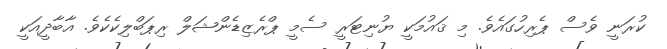
ކުރަނީ ވެސް ޕެރިހުގައެވެ. މި ޤައުމަކީ ޔުނިޓަރީ ސެމީ ޕްރެޒިޑެންޝަލް ރިޕަބްލިކެކެވެ. އާބާދީއަކީ